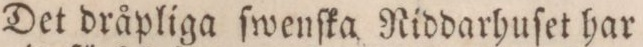
Det dråpliga ſwenſka Riddarhuſet har